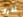
ادرى